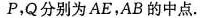
P，Q分别为 AE，AB 的中点.